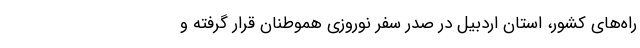
راه‌های کشور، استان اردبیل در صدر سفر نوروزی هموطنان قرار گرفته و